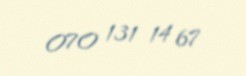
070 131 14 67